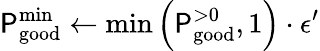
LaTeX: \mathsf{P}_{\mathrm{{good}}}^{\mathrm{{min}}}\leftarrow\mathrm{{min}}\left(\mathbf{{\mathsf{P}}}_{\mathrm{{good}}}^{>0},1\right)\cdot\epsilon^{\prime}